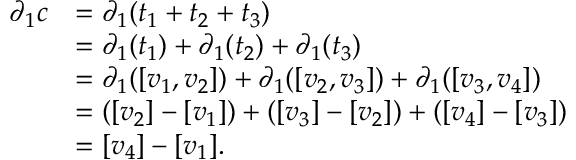
{ \begin{array} { r l } { \partial _ { 1 } c } & { = \partial _ { 1 } ( t _ { 1 } + t _ { 2 } + t _ { 3 } ) } \\ & { = \partial _ { 1 } ( t _ { 1 } ) + \partial _ { 1 } ( t _ { 2 } ) + \partial _ { 1 } ( t _ { 3 } ) } \\ & { = \partial _ { 1 } ( [ v _ { 1 } , v _ { 2 } ] ) + \partial _ { 1 } ( [ v _ { 2 } , v _ { 3 } ] ) + \partial _ { 1 } ( [ v _ { 3 } , v _ { 4 } ] ) } \\ & { = ( [ v _ { 2 } ] - [ v _ { 1 } ] ) + ( [ v _ { 3 } ] - [ v _ { 2 } ] ) + ( [ v _ { 4 } ] - [ v _ { 3 } ] ) } \\ & { = [ v _ { 4 } ] - [ v _ { 1 } ] . } \end{array} }